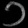
Digit: ၁